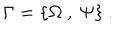
LaTeX: \Gamma = \{ \Omega ~ , ~ \Psi \} ~ .